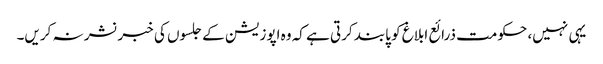
یہی نہیں، حکومت ذرائع ابلاغ کو پابند کرتی ہے کہ وہ اپوزیشن کے جلسوں کی خبر نشر نہ کریں۔